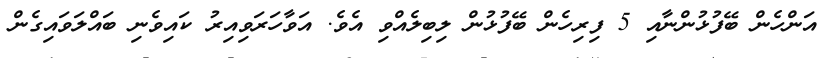
އަންހެން ބޭފުޅުންނާއި 5 ފިރިހެން ބޭފުޅުން ލިބިލެއްވި އެވެ. އަވާހަރަވިއިރު ކައިވެނި ބައްލަވައިގެން